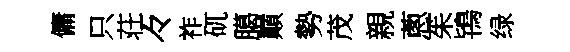
傭只荘々祚矹臈巔勢茂親蔥茱鴇绿